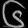
Digit: ၆